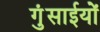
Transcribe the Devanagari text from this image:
गुंसाईयों